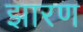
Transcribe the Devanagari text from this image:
झारण